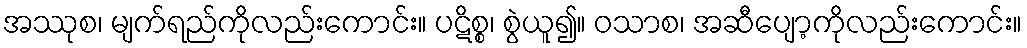
အဿုစ၊ မျက်ရည်ကိုလည်းကောင်း။ ပဋိစ္စ၊ စွဲယူ၍။ ဝသာစ၊ အဆီပျော့ကိုလည်းကောင်း။